Report on vaccination in the Province of Bengal - 1869-1873
Year: 1869
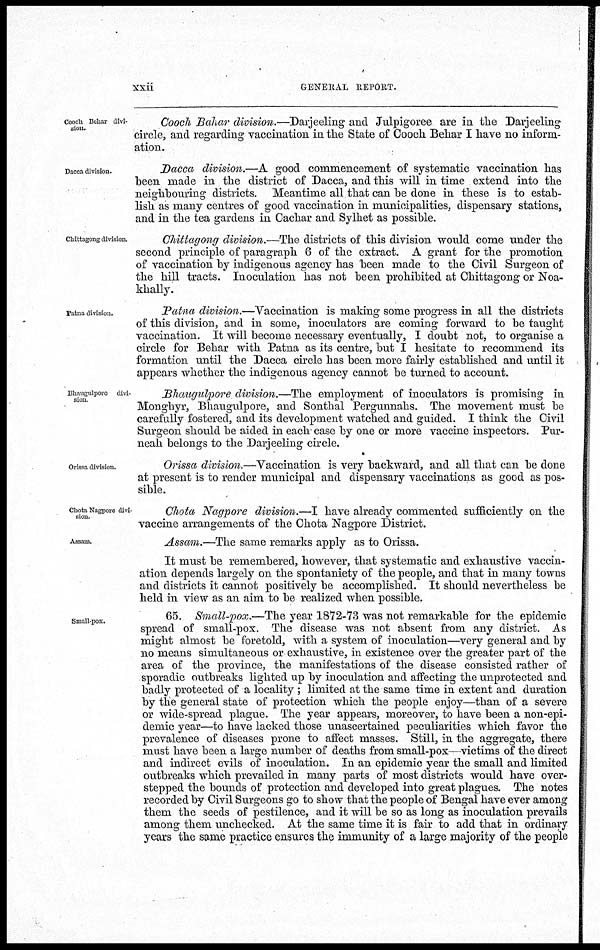
xxii
GENERAL REPORT.
Cooch Behar divi-
sion.
Cooch Bahar division.—Darjeeling and Julpigoree are in the Darjeeling
circle, and regarding vaccination in the State of Cooch Behar I have no inform-
ation.
Dacca division.
Dacca division.—A good commencement of systematic vaccination has
been made in the district of Dacca, and this will in time extend into the
neighbouring districts. Meantime all that can be done in these is to estab-
lish as many centres of good vaccination in municipalities, dispensary stations,
and in the tea gardens in Cachar and Sylhet as possible.
Chittagong division.
Chittagong division.—The districts of this division would come under the
second principle of paragraph 6 of the extract. A grant for the promotion
of vaccination by indigenous agency has been made to the Civil Surgeon of
the hill tracts. Inoculation has not been prohibited at Chittagong or Noa-
khally.
Patna division.
Patna division.—Vaccination is making some progress in all the districts
of this division, and in some, inoculators are coming forward to be taught
vaccination. It will become necessary eventually, I doubt not, to organise a
circle for Behar with Patna as its centre, but I hesitate to recommend its
formation until the Dacca circle has been more fairly established and until it
appears whether the indigenous agency cannot be turned to account.
Bhaugulpore divi-
sion
Bhaugulpore division.—The employment of inoculators is promising in
Monghyr, Bhaugulpore, and Sonthal Pergunnahs. The movement must be
carefully fostered, and its development watched and guided. I think the Civil
Surgeon should be aided in each- case by one or more vaccine inspectors. Pur-
neah belongs to the Darjeeling circle.
Orissa division.
Orissa division.—Vaccination is very backward, and all that can be done
at present is to render municipal and dispensary vaccinations as good as pos-
sible.
Chota Nagpore divi-
sion.
Chota Nagpore division.—I have already commented sufficiently on the
vaccine arrangements of the Chota Nagpore District.
Assam.
Assam.—The same remarks apply as to Orissa.
It must be remembered, however, that systematic and exhaustive vaccin-
ation depends largely on the spontaniety of the people, and that in many towns
and districts it cannot positively be accomplished. It should nevertheless be
held in view as an aim to be realized when possible.
Small-pox.
65. Small-pox.—The year 1872-73 was not remarkable for the epidemic
spread of small-pox. The disease was not absent from any district. As
might almost be foretold, with a system of inoculation—very general and by
no means simultaneous or exhaustive, in existence over the greater part of the
area of the province, the manifestations of the disease consisted rather of
sporadic outbreaks lighted up by inoculation and affecting the unprotected and
badly protected of a locality ; limited at the same time in extent and duration
by the general state of protection which the people enjoy—than of a severe
or wide-spread plague. The year appears, moreover, to have been a non-epi-
demic year—to have lacked those unascertained peculiarities which favor the
prevalence of diseases prone to affect masses. Still, in the aggregate, there
must have been a large number of deaths from small-pox—victims of the direct
and indirect evils of inoculation. In an epidemic year the small and limited
outbreaks which prevailed in many parts of most districts would have over-
stepped the bounds of protection and developed into great plagues. The notes
recorded by Civil Surgeons go to show that the people of Bengal have ever among
them the seeds of pestilence, and it will be so as long as inoculation prevails
among them unchecked. At the same time it is fair to add that in ordinary
years the same practice ensures the immunity of a large majority of the people